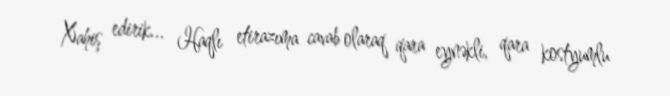
Xahiş edirik... Haqlı etirazıma cavab olaraq qara eynəkli, qara kostyumlu